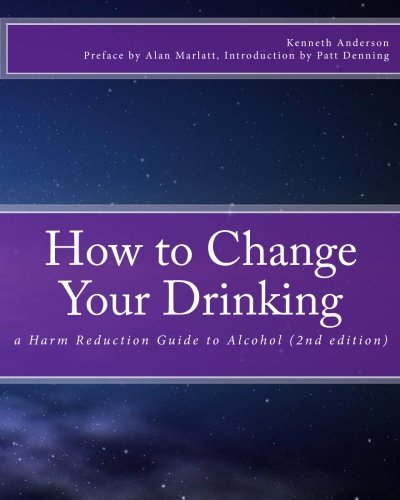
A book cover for How to Change Your Drinking: a Harm Reduction Guide to Alcohol (2nd edition); Kenneth Anderson; Health, Fitness & Dieting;